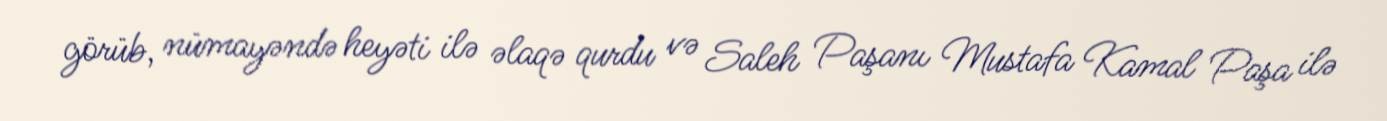
görüb, nümayəndə heyəti ilə əlaqə qurdu və Saleh Paşanı Mustafa Kamal Paşa ilə